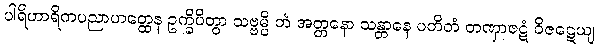
ပါရိဟာရိကပညာဟတ္ထေန ဥက္ခိပိတွာ သဗ္ဗမ္ပိ တံ အတ္တနော သန္တာနေ ပတိတံ တဏှာဇဋံ ဝိဇဋေယျ